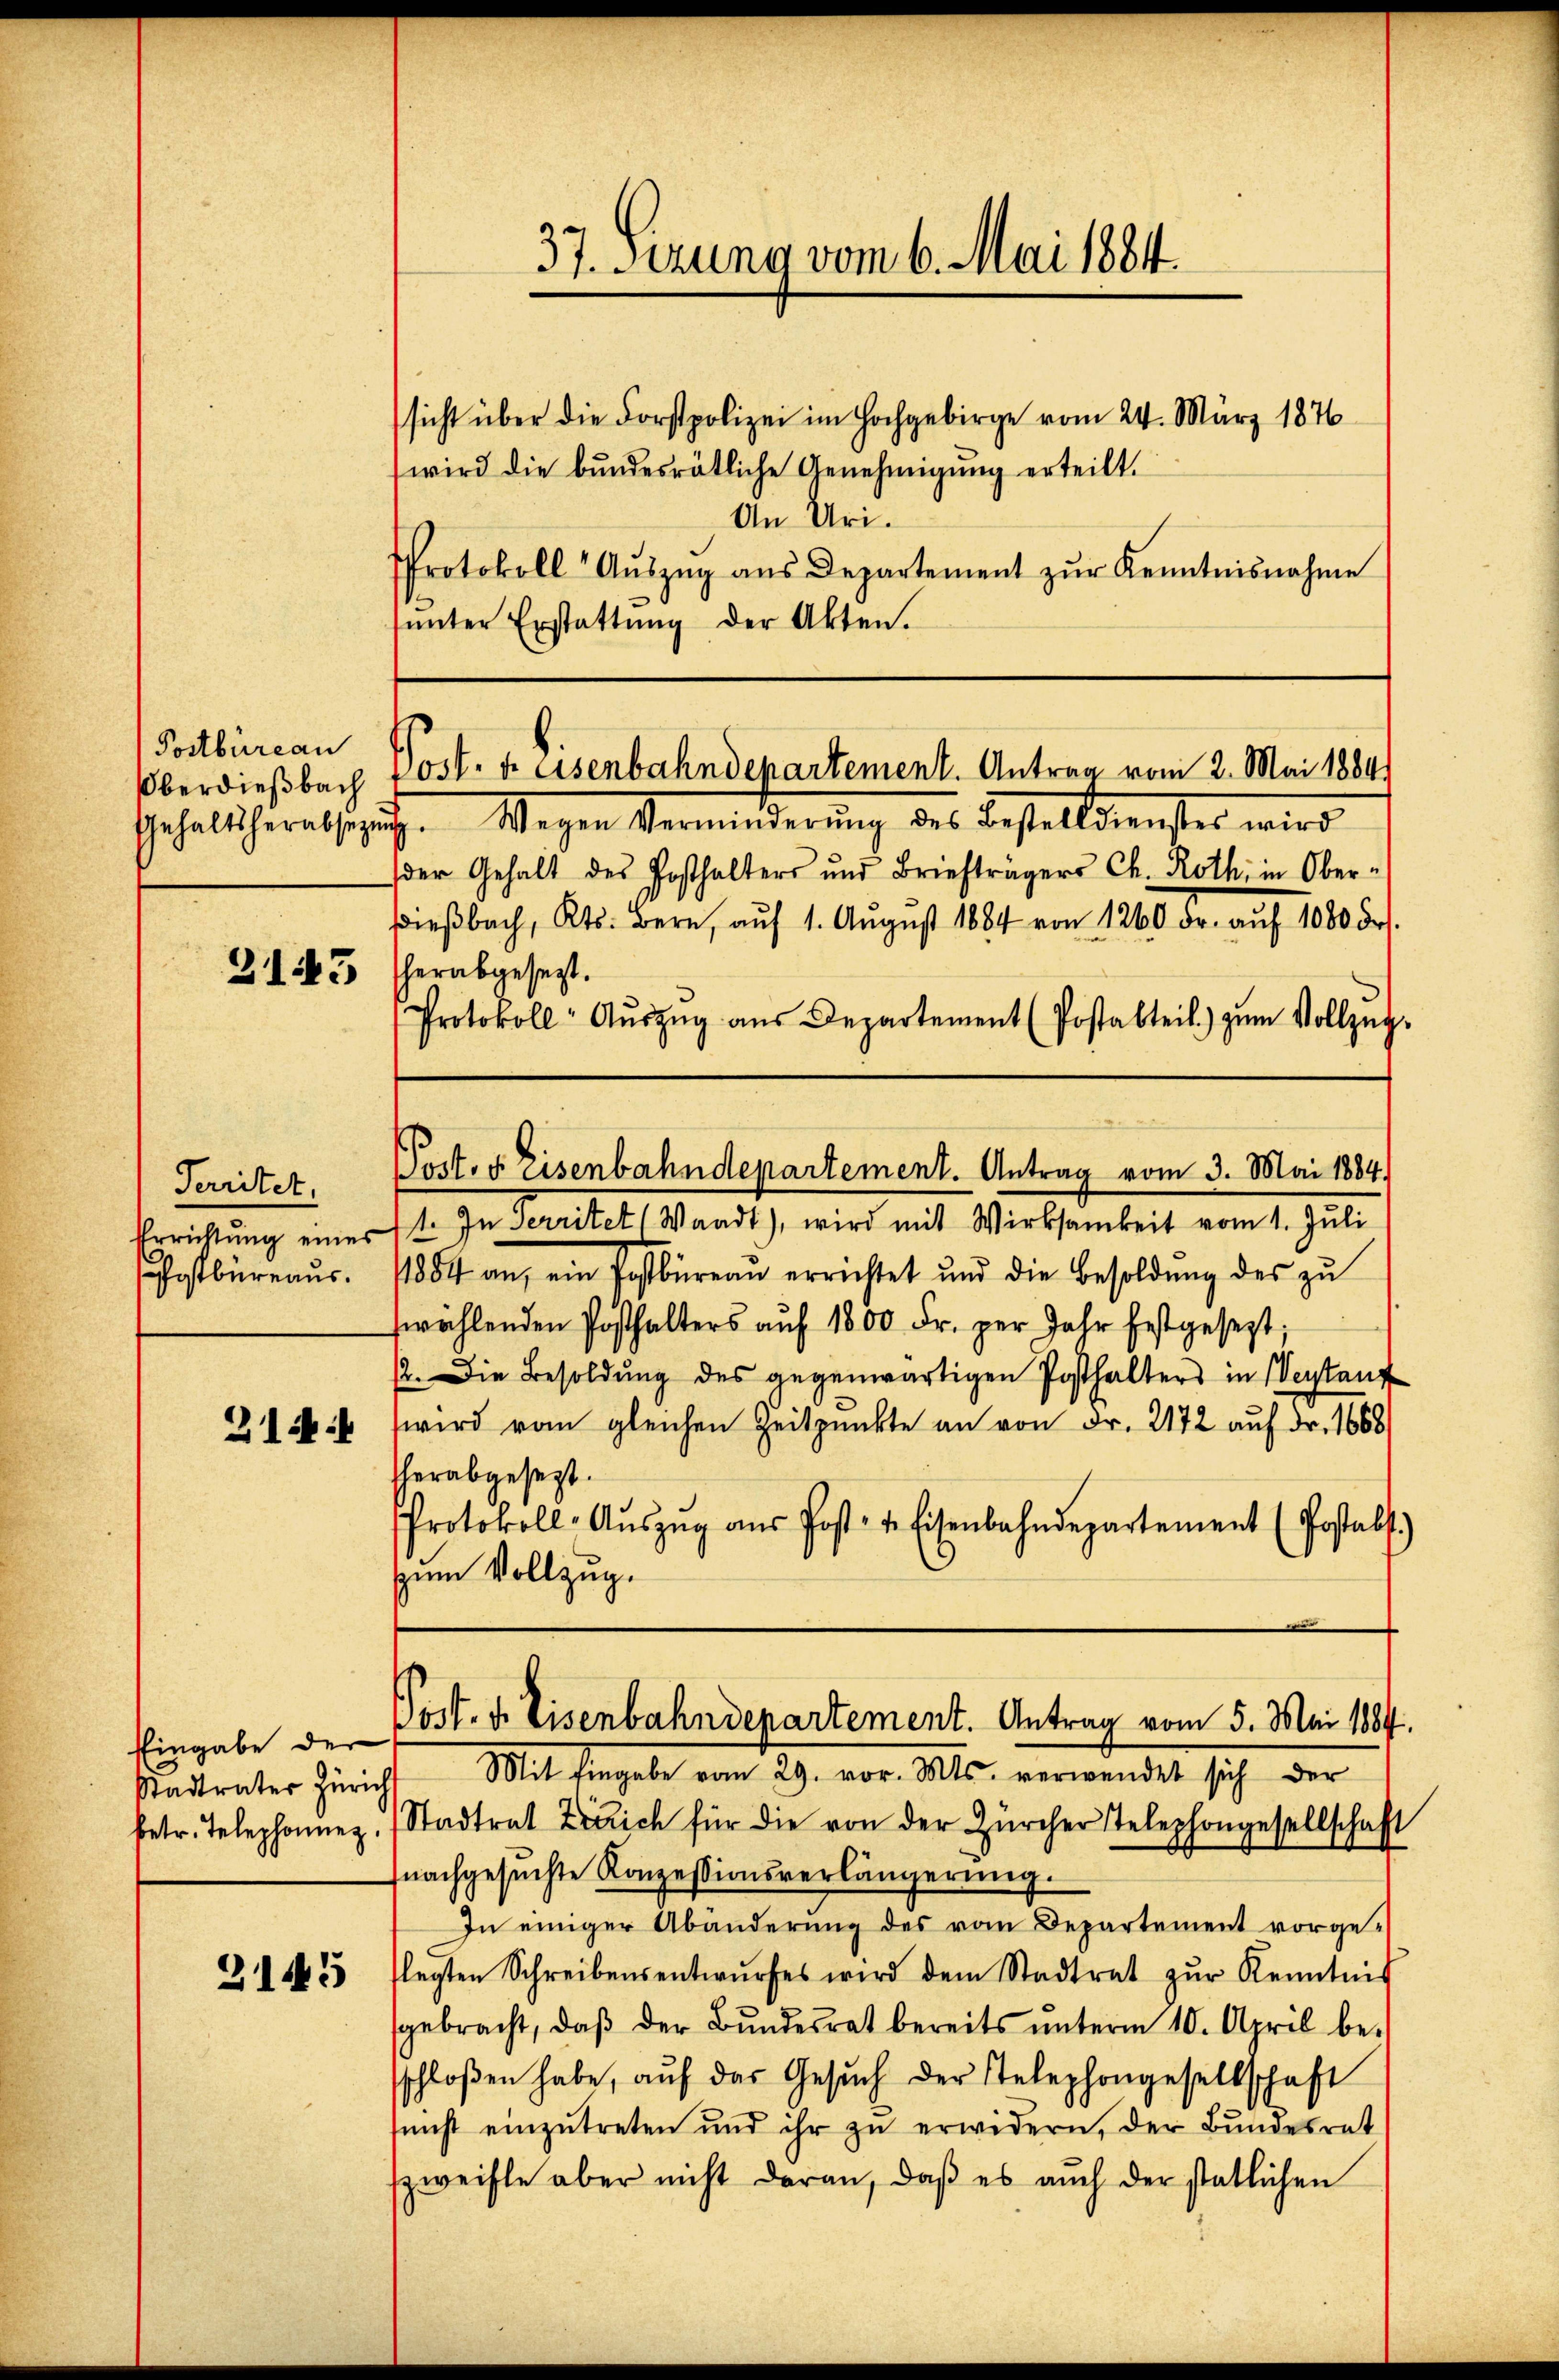
Postbüreau
Oberdießbach
Gehaltsherabsezu

3143

Territet,
Errichtung eines
hostbüreaus.

2144

Eingabe der
Stadtrater Zürich

31445

37. Setzung vom 6. Mai 1884.

sicht über die Forstpolizei im Hochgebirge vom 24. März 1876
wird die bŭndesrätliche Genehmigŭng erteilt.
An Uri.
Protokoll Aŭszŭg aŭs Departement zŭr Kenntnisnahme
ŭnter Erstattŭng der Akten.
J. Wegen Verminderung des Bestelldienstes wird
der Gehalt des Posthalters und Briefträgers Ch. Roth, in Ober-
dieβbach, Kts. Bern, aŭf 1. Aŭgŭst 1884 von 1260 dr. aŭf 1000 Fr.
herabgesezt.
Protokoll- Aŭszŭg aŭs Departement (Postabteil) zŭm Vollzŭg,
Port. 4 Eisenbahndepartement. Antrag vom 3. Mai 1884
1. In Territet (Waadt), wird mit Wirksamkeit vom 1. Juli
1884 an, ein Postbüreau errichtet und die Besoldŭng des zŭ
wählenden Posthalters auf 1800 Fr. per Jahr festgesezt.
2. Die Besoldŭng des gegenwärtigen Posthalters in Vertauf
wird vom gleichen Zeitpunkte an von Fr. 2172 auf Fr. 1668
herabgesezt.
PProtokoll- Aŭszŭg aŭs Post- u. Eisenbahndepartement (Postals.
zum Vollzug.

Post- u. Eisenbahndepartement. Antrag vom 2. Mai 1884/

Mit Eingabe vom 29. vor. Mts. verwendet sich der
betr. Telephonnen. (Stadtrat Zürich für die von der Zürcher Telephongesellschaft
fnachgesŭchte Konzessionsverlängerŭng.
In einiger Abänderŭng des vom Departement vorgeflegten Schreibensentwŭrfes wird dem Stadtrat zŭr Kenntnis
sgebracht, daβ der Bŭndesrat bereits ŭnterm 10. April be-
sschloßen habe, aŭf das Gesŭch der Stelephongesellschaft
snicht einzŭtreten und ihr zŭ erwidern, der Bŭndesrat
szweifle aber nicht daran, daβ es aŭch der statlichen

Post. d. Eisenbahndepartement. Antrag vom 5. Mai 1884.